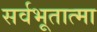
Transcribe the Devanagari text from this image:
सर्वभूतात्मा